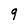
Character: 9